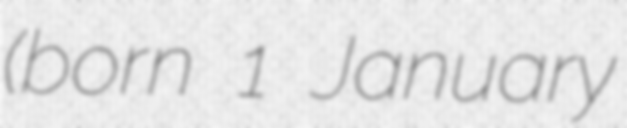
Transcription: (born 1 January